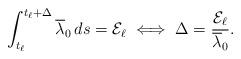
LaTeX: \begin{align*}\int_{t_\ell}^{t_\ell+\Delta} \overline \lambda_0\, ds = \mathcal E_\ell \iff \Delta = \frac{\mathcal E_\ell}{\overline \lambda_0}.\end{align*}